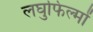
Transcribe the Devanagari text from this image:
लघुफिल्मों